[Report on the health of British troops in the Madras command]
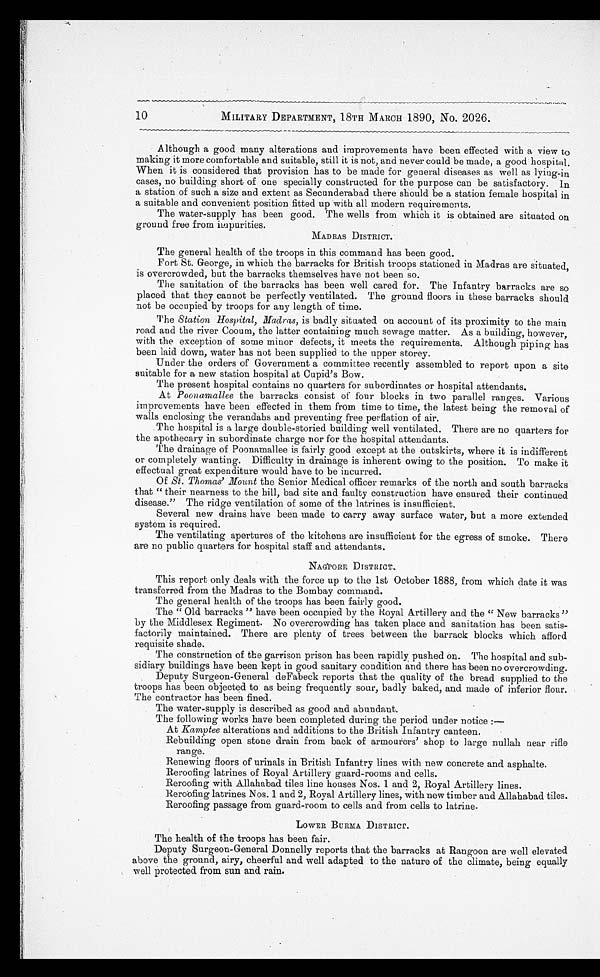
MILITARY DEPARTMENT, 18TH MARCH 1890, No. 2026.
Although a good many alterations and improvements have been effected with a view to
making it more comfortable and suitable, still it is not, and never could be made, a good hospital.
When it is considered that provision has to be made for general diseases as well as lying-in
cases, no building short of one specially constructed for the purpose can be satisfactory. In
a station of such a size and extent as Secunderabad there should be a station female hospital in
a suitable and convenient position fitted up with all modern requirements.
The water-supply has been good. The wells from which it is obtained are situated on
ground free from impurities.
MADRAS DISTRICT.
The general health of the troops in this command has been good.
Fort St. George, in which the barracks for British troops stationed in Madras are situated,
is overcrowded, but the barracks themselves have not been so.
The sanitation of the barracks has been well cared for. The Infantry barracks are so
placed that they cannot be perfectly ventilated. The ground floors in these barracks should
not be occupied by troops for any length of time.
The Station Hospital, Madras, is badly situated on account of its proximity to the main
road and the river Cooum, the latter containing much sewage matter. As a building, however,
with the exception of some minor defects, it meets the requirements. Although piping has
been laid down, water has not been supplied to the upper storey.
Under the orders of Government a committee recently assembled to report upon a site
suitable for a new station hospital at Cupid's Bow.
The present hospital contains no quarters for subordinates or hospital attendants.
At Poonamallee the barracks consist of four blocks in two parallel ranges. Various
improvements have been effected in them from time to time, the latest being the removal of
walls enclosing the verandahs and preventing free perfiation of air.
The hospital is a large double-storied building well ventilated. There are no quarters for
the apothecary in subordinate charge nor for the hospital attendants.
The drainage of Poonamallee is fairly good except at the outskirts, where it is indifferent
or completely wanting. Difficulty in drainage is inherent owing to the position. To make it
effectual great expenditure would have to be incurred.
Of St. Thomas' Mount the Senior Medical officer remarks of the north and south barracks
that "their nearness to the hill, bad site and faulty construction have ensured their continued
disease." The ridge ventilation of some of the latrines is insufficient.
Several new drains have been made to carry away surface water, but a more extended
system is required.
The ventilating apertures of the kitchens are insufficient for the egress of smoke. There
are no public quarters for hospital staff and attendants.
NAGPORE DISTRICT.
This report only deals with the force up to the 1st October 1888, from which date it was
transferred from the Madras to the Bombay command.
The general health of the troops has been fairly good.
The "Old barracks" have been occupied by the Royal Artillery and the "New barracks"
by the Middlesex Regiment. No overcrowding has taken place and sanitation has been satis
-
factorily maintained. There are plenty of trees between the barrack blocks which afford
requisite shade.
The construction of the garrison prison has been rapidly pushed on. The hospital and sub
-
sidiary buildings have been kept in good sanitary condition and there has been no overcrowding.
Deputy Surgeon-General deFabeck reports that the quality of the bread supplied to the
troops has been objected to as being frequently sour, badly baked, and made of inferior flour.
The contractor has been fined.
The water-supply is described as good and abundant.
The following works have been completed during the period under notice :—
-
At Kamptee alterations and additions to the British Infantry canteen.
Rebuilding open stone drain from back of armourers' shop to large nullah near rifle
range.
Renewing floors of urinals in British Infantry lines with new concrete and asphalte.
Reroofing latrines of Royal latrines of Royal Artillery guard-rooms and cells.
Reroofing with Allahabad tiles line houses Nos. 1 and 2, Royal Artillery lines.
Reroofing latrines Nos. 1 and 2, Royal Artillery lines, with new timber and Allahabad tiles.
Reroofing passage from guard-room to cells and from cells to latrine.
LOWER BURMA DISTRICT.
The health of the troops has been fair.
Deputy Surgeon-General Donnelly reports that the barracks at Rangoon are well elevated
above the ground, airy, cheerful and well adapted to the nature of the climate, being equally
well protected from sun and rain.
10